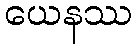
ယေနဿ